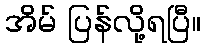
အိမ် ပြန်လို့ရပြီ။